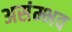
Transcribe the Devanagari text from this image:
असंम्भव